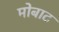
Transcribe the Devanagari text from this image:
मोबाट